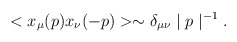
\begin{align*}<x_{\mu }(p)x_{\nu }(-p)>\sim \delta _{\mu \nu }\mid p\mid ^{-1}.\end{align*}